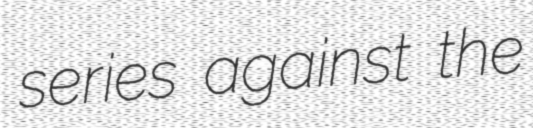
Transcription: series against the